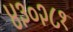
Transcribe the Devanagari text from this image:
४३०२८१